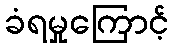
ခံရမှုကြောင့်